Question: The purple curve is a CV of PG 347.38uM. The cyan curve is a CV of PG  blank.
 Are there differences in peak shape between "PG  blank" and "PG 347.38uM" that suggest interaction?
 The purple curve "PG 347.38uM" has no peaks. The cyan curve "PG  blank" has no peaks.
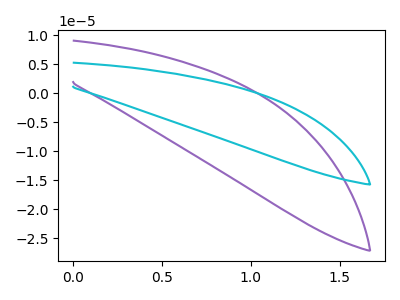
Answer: <think>Neither "PG  blank" or "PG 347.38uM" have any peaks.
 </think>
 <answer>No, "PG  blank" and "PG 347.38uM" don't appear to be significantly different in shape</answer>
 <eval>no_change</eval>